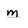
Character: m